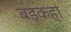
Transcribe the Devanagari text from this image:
बड़कहा